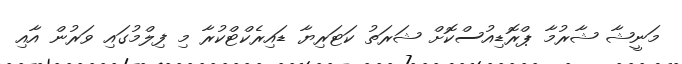
މަނީޝާ ޝާރުމާ ޕްރޮޑިއުސްކޮށް ޝަރަތު ކަޓަރިޔާ ޑައިރެކްޓްކުރާ މި ފިލްމުގައި ވަރުން އާއި